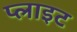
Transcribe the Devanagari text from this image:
प्लाइट